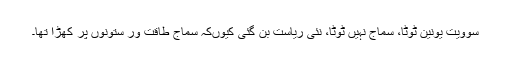
سوویت یونین ٹوٹا، سماج نہیں ٹوٹا، نئی ریاست بن گئی کیوںکہ سماج طاقت ور ستونوں پر کھڑا تھا۔